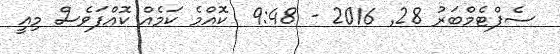
ސެޕްޓެމްބަރު 28